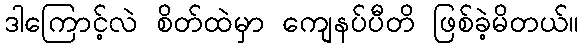
ဒါကြောင့်လဲ စိတ်ထဲမှာ ကျေနပ်ပီတိ ဖြစ်ခဲ့မိတယ်။